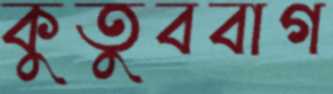
কুতুববাগ